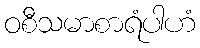
ဝစီသမာစာရံပါဟံ